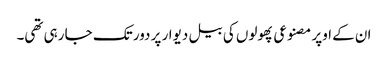
ان کے اوپر مصنوعی پھولوں کی بیل دیوار پر دور تک جا رہی تھی۔